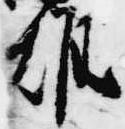
雄